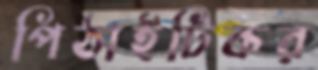
পিঠাইটিকর